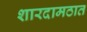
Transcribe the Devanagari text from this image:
शारदामठात